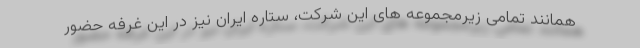
همانند تمامی زیرمجموعه های این شرکت، ستاره ایران نیز در این غرفه حضور